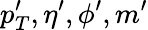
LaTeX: p_{T}^{\prime},\eta^{\prime},\phi^{\prime},m^{\prime}